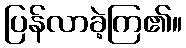
ပြန်လာခဲ့ကြ၏။